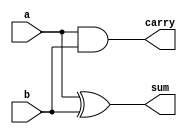
module halfadder (input a,b,output sum,carry);
  assign sum=a^b;
  assign carry=a&b;
endmodule

module fulladder(input a,b,cin,output sum,carry);
  //wire s,c1,c2;
  assign sum=a^b^cin;
  assign carry=a&b|b&cin|cin&a;
/*
  halfadder a1(a,b,s,c1);
  halfadder a2(cin,s,sum,c2);
  or o1(carry,c1,c2);
  */
endmodule